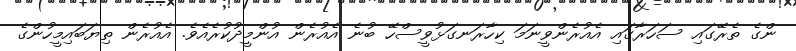
ންގެ ތެރޭގައި ސަހަރާގައި އެއުރެންވީނަމަ ކިހާރަނގަޅުވީސްހޭ ބުނެ އެއުރެން އުންމީދުކުރެއެވެ. އެއުރެން ތިޔަބައިމީހުންގެ